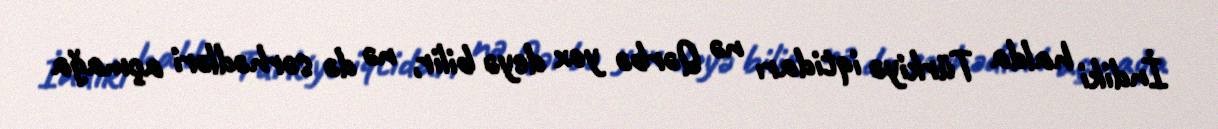
İndiki halda Türkiyə iqtidarı nə Qərbə yox deyə bilir, nə də sərhədləri açmağa